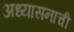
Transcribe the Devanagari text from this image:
अध्यासनाची